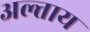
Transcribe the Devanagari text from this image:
अल्ताय